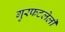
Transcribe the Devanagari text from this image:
गुरफटलेली